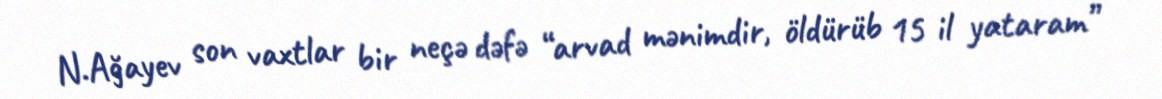
N.Ağayev son vaxtlar bir neçə dəfə “arvad mənimdir, öldürüb 15 il yataram”